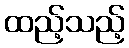
ထည့်သည့်